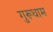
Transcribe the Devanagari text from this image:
गुरूधाम